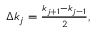
\begin{array} { r } { \Delta k _ { j } = \frac { k _ { j + 1 } - k _ { j - 1 } } { 2 } , } \end{array}